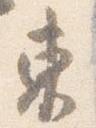
東